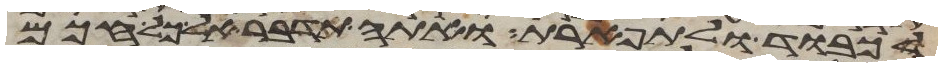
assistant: לכבוד ולתפארת ואתה תדבר אל כל חכם